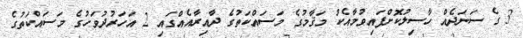
3 ގެ ސަނަދެއް ހާސިލުކޮށްފައިވުމާއެކު މަޤާމުގެ މަސައްކަތުގެ ދާއިރާއެއްގައި 2 އަހަރުދުވަހުގެ މަސައްކަތުގެ